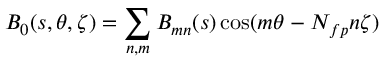
{ B _ { 0 } } ( s , \theta , \zeta ) = \sum _ { n , m } B _ { m n } ( s ) \cos ( m \theta - N _ { f p } n \zeta )